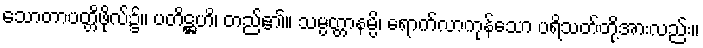
သောတာပတ္တိဖိုလ်၌။ ပတိဋ္ဌဟိ၊ တည်၏။ သမ္ပတ္တာနမ္ပိ၊ ရောက်လာကုန်သော ပရိသတ်တို့အားလည်း။